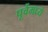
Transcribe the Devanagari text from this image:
पूर्वेमध्ये